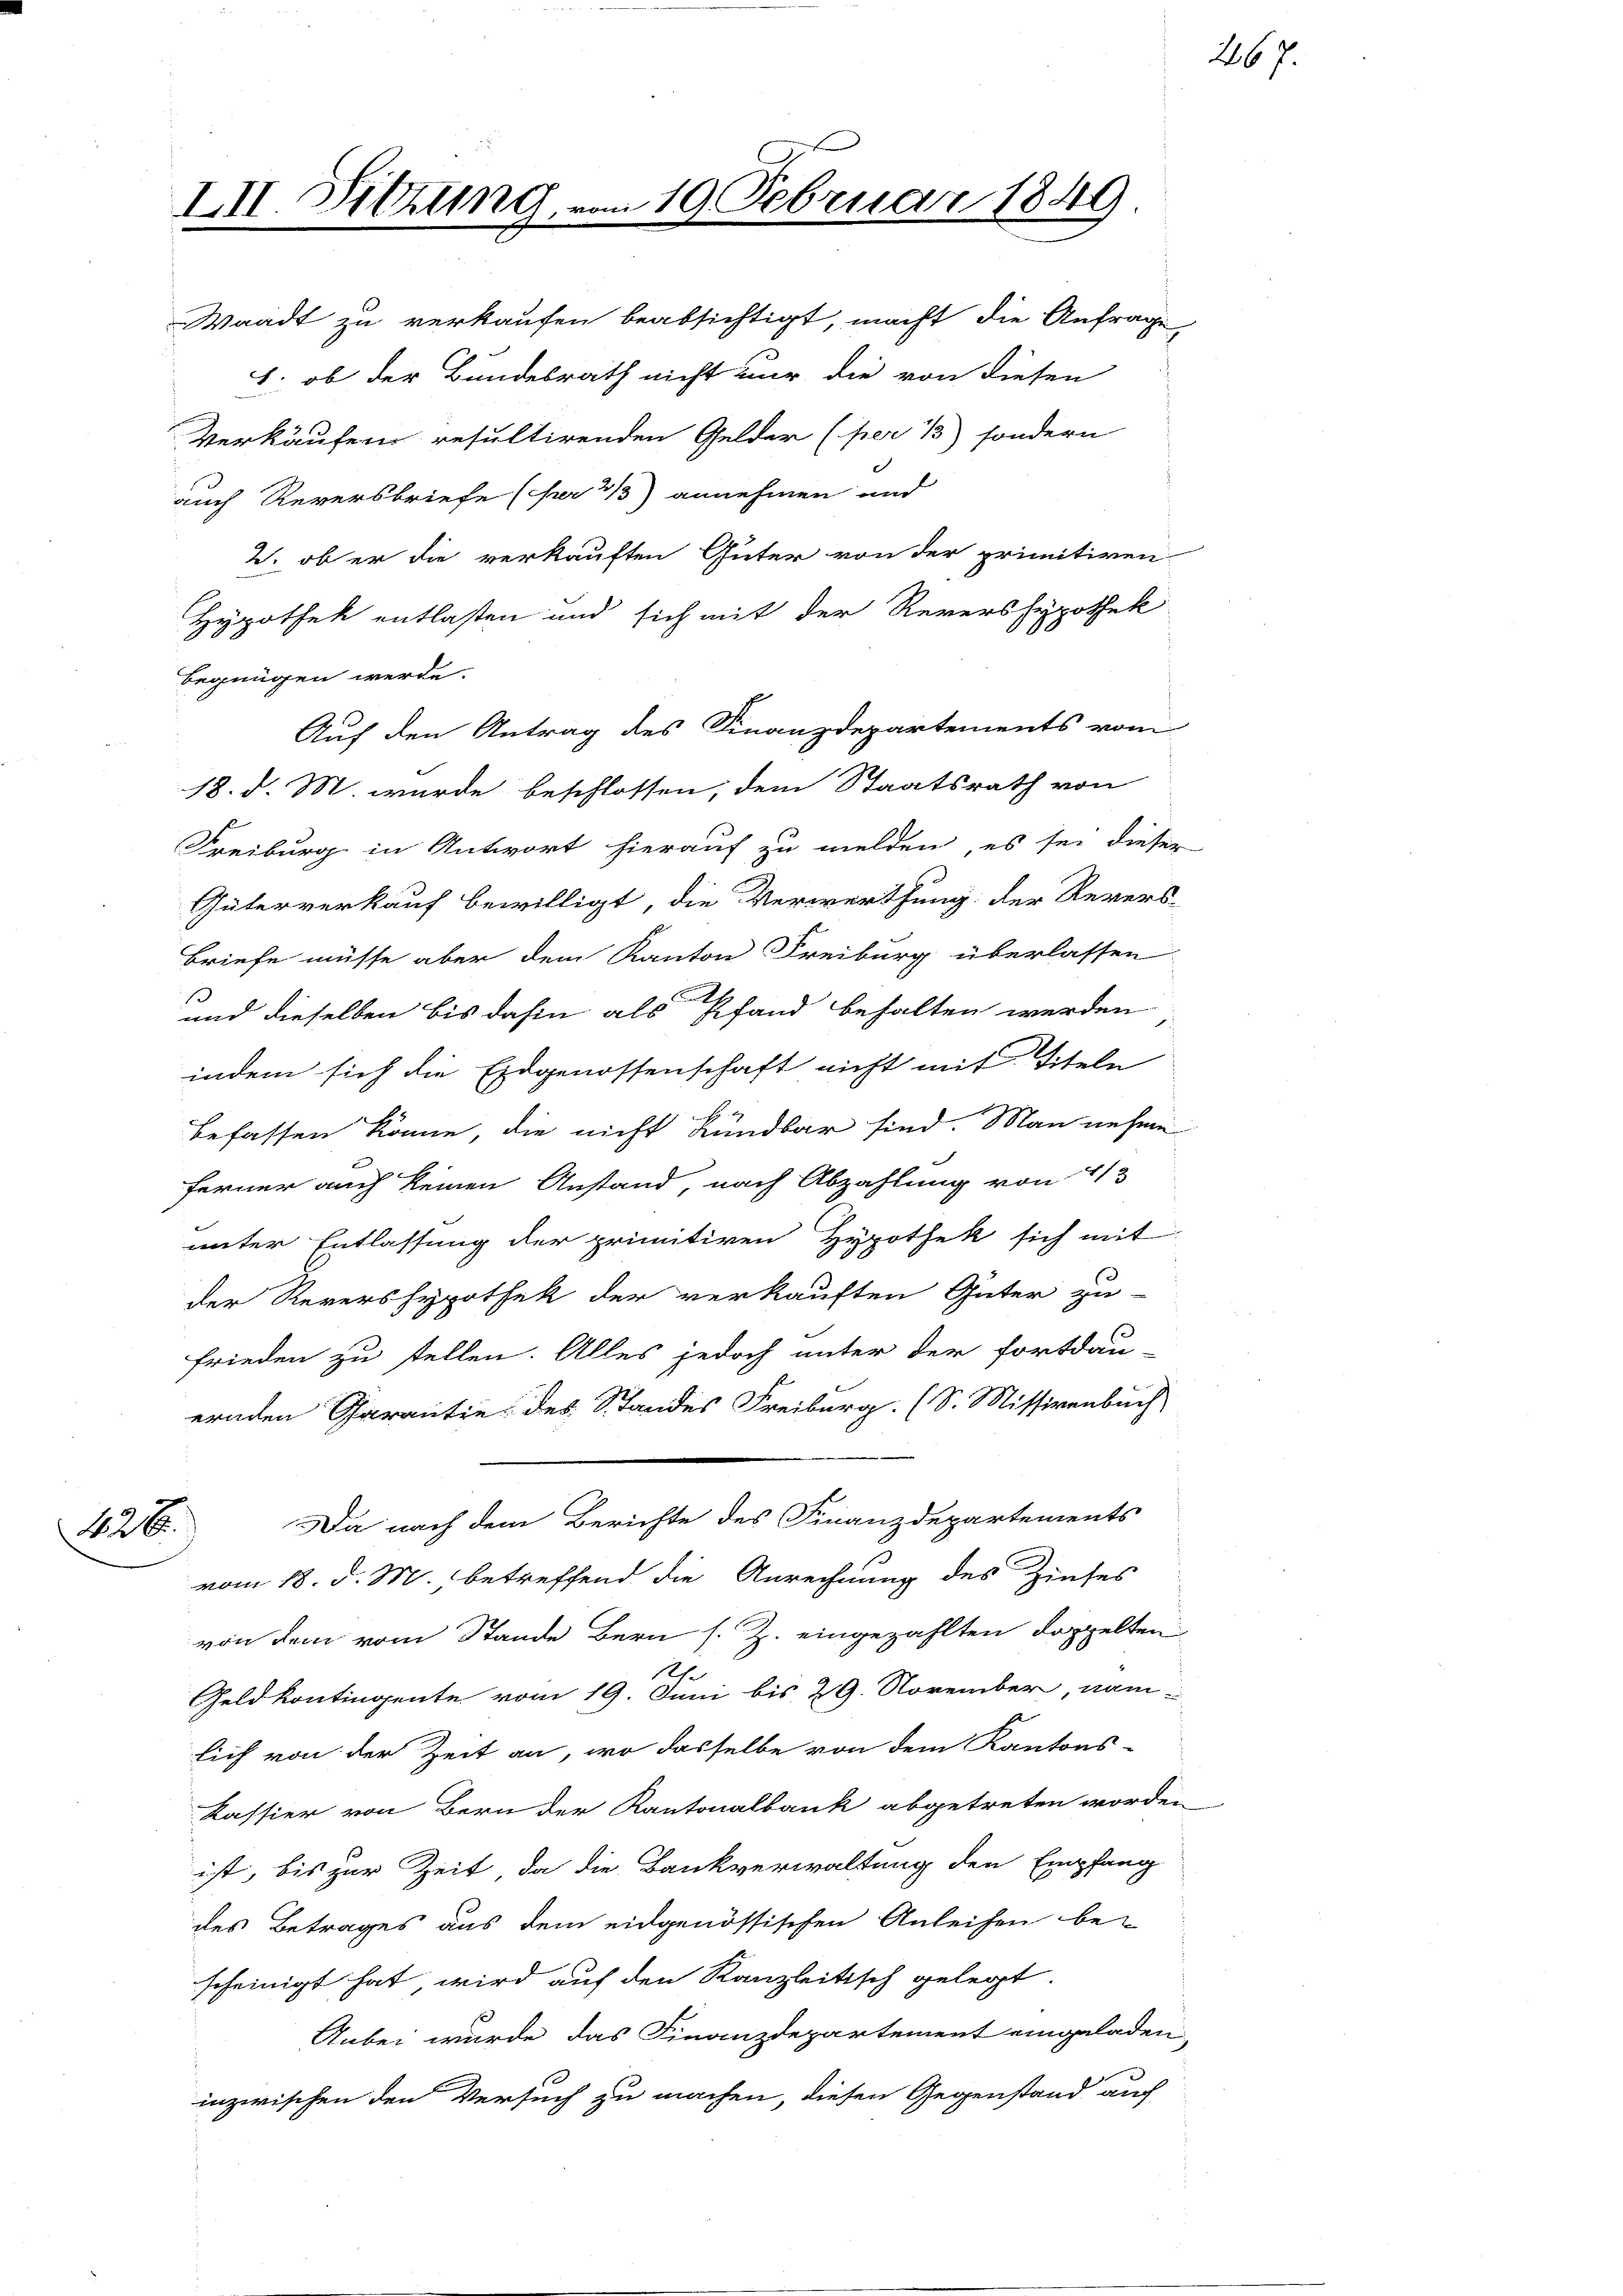
Waadt zu verkaufen beabsichtigt, macht die Anfrage,
1. ob der Bundesrath nicht nur die von diesen
Verkäufen resultirenden Gelder (per 1) sondern
auch Reversbriefe (fr 3/3) annehmen und
2. ob er die verkauften Güter von der primitiven
Hypothek entlasten und sich mit der Revershypothek
begnügen werde.
Auf den Antrag des Finanzdepartements vom
18. d. M. wurde beschlossen, dem Staatsrath von
Freiburg in Antwort hierauf zu melden, es sei dieser
Güterverkauf bewilligt, die Verwerthung der Revers-
Briefe müsse aber dem Kanton Freiburg überlassen
und dieselben bis dahin als Pfand behalten werden
indem sich die Eidgenossenschaft nicht mit Titeln
befassen könne, die nicht Kündbar sind. Man nehme
ferner auch keinen Anstand, nach Abzahlung von 41
unter Entlassung der primitiren Hypothek sich mit
der Revershypothek der verkauften Güter zu
frieden zu stellen. Alles jedoch unter der fortdau-
ernden Parantie des Standes Freiburg. (S. Missivenbuch
Da nach dem Berichte des Finanzdepartements
426.
vom 18. d. M. betreffend die Anrechnung des Zinses
von dem vom Stande Bern s. Z. eingezahlten doppelten
Uhr
Geldkontingente vom 19. Juni bis 29. November, näm-
lich von der Zeit an, wo dasselbe von dem Kantons-
Kassier von Bern der Kantonalbank abgetreten worden
ist, bis zur Zeit, da die Bankverwaltung den Empfang
des Betrages aus dem eidgenössischen Anleihen be-
scheinigt hat, wird auf den Kanzleitisch gelegt.
Anbei wurde das Finanzdepartement eingeladen
inzwischen den Versuch zu machen, diesen Gegenstand auch

III. Sitzung vom 19. Februar 1849

267.